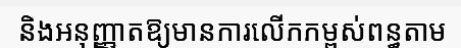
និងអនុញ្ញាតឱ្យមានការលើកកម្ពស់ពន្ធតាម